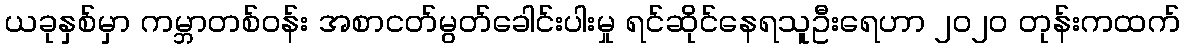
ယခုနှစ်မှာ ကမ္ဘာတစ်ဝန်း အစာငတ်မွတ်ခေါင်းပါးမှု ရင်ဆိုင်နေရသူဦးရေဟာ ၂၀၂၀ တုန်းကထက်